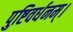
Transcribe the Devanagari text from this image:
पुष्टिवर्धनम्।